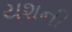
યશની